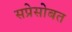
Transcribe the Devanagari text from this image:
सप्रेसोबत